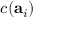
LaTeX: c ( \mathbf { a } _ { i } )